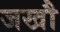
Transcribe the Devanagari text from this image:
जखौ